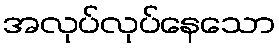
အလုပ်လုပ်နေသော